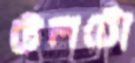
উলটো